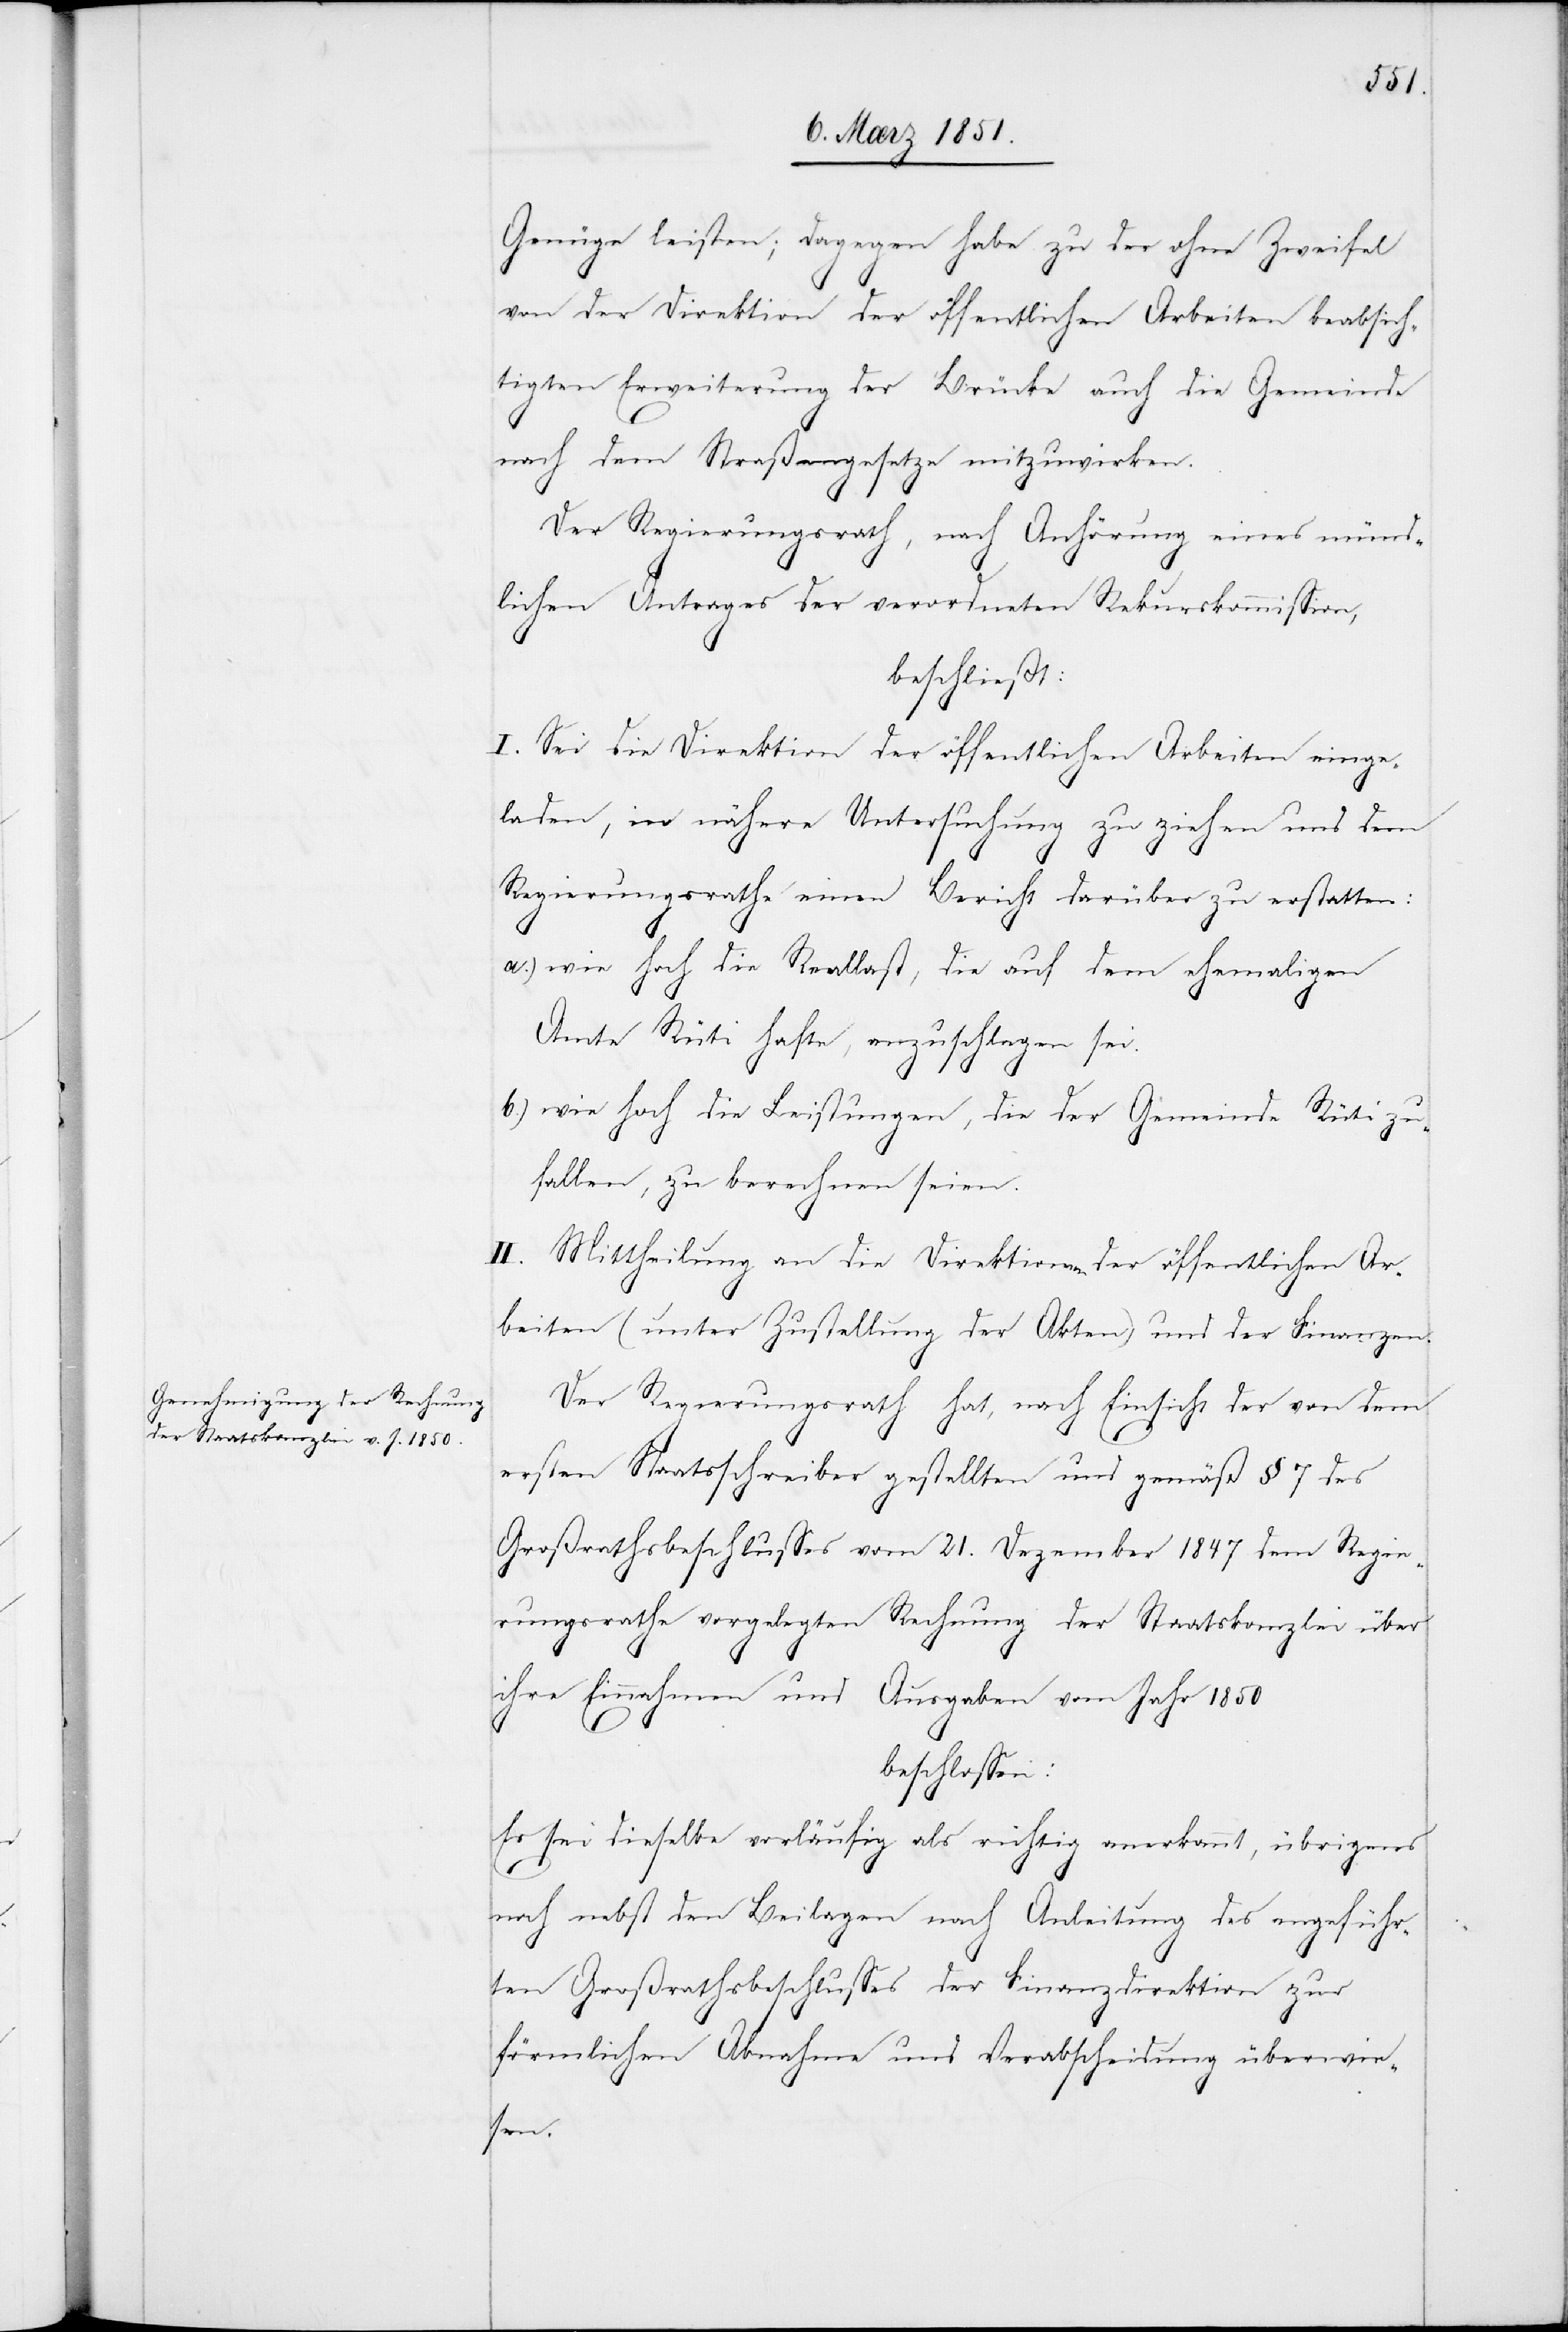
Genüge leisten; dagegen habe zu der ohne Zweifel
von der Direktion der öffentlichen Arbeiten beabsich¬
tigten Erweiterung der Brücke auch die Gemeinde
nach dem Straßengesetze mitzuwirken.
Der Regierungsrath, nach Anhörung eines münd¬
lichen Antrages der verordneten Rekurskommission,
beschließt:
I. Sei die Direktion der öffentlichen Arbeiten einge¬
laden, in nähere Untersuchung zu ziehen und dem
Regierungsrathe einen Bericht darüber zu erstatten:
a.)
wie hoch die Reallast, die auf dem ehemaligen
Amte Rüti hafte, anzuschlagen sei.
b.)
wie hoch die Leistungen, die der Gemeinde Rüti zu¬
fallen, zu berechnen seien.
II. Mittheilung an die Direktionen der öffentlichen Ar¬
beiten (unter Zustellung der Akten) und der Finanzen.
Der Regierungsrath hat, nach Einsicht der von dem
ersten Staatsschreiber gestellten und gemäß § 7 des
Großrathsbeschlusses vom 21. Dezember 1847 dem Regie¬
rungsrathe vorgelegten Rechnung der Staatskanzlei über
ihre Einnahmen und Ausgaben vom Jahr 1850
beschlossen:
Es sei dieselbe vorläufig als richtig anerkannt, übrigens
noch nebst den Beilagen nach Anleitung des angeführ¬
ten Großrathsbeschlusses der Finanzdirektion zur
förmlichen Abnahme und Verabscheidung überwie¬
sen.